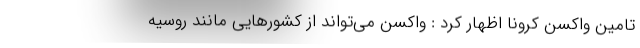
تامین واکسن کرونا اظهار کرد : واکسن می‌تواند از کشورهایی مانند روسیه